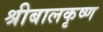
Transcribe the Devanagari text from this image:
श्रीबालकृष्ण